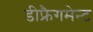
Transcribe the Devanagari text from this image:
डीफ्रैगमेन्ट